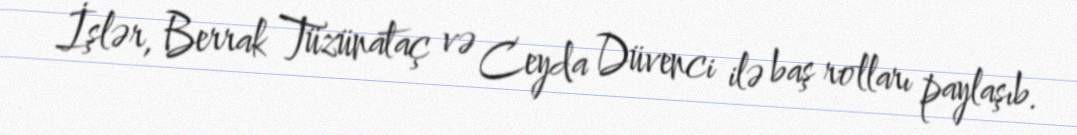
İşlər, Berrak Tüzünataç və Ceyda Düvenci ilə baş rolları paylaşıb.